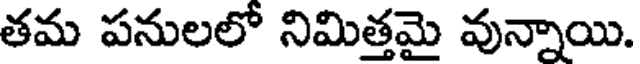
తమ పనులలో నిమిత్తమై వున్నాయి.